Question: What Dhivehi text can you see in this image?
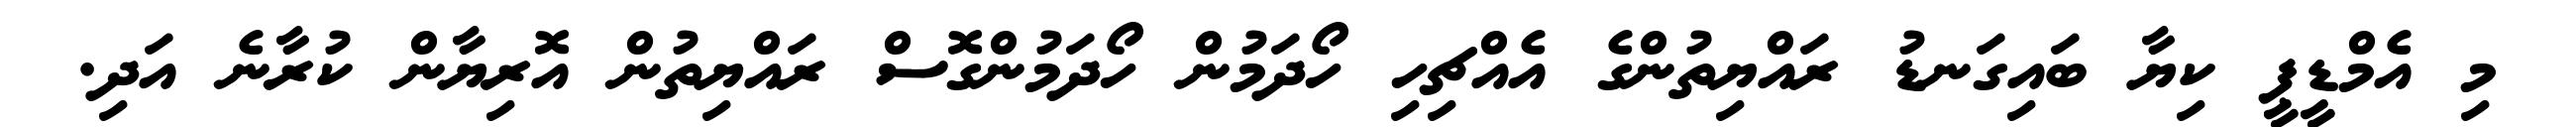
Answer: މި އެމްޑީޕީ ކިޔާ ބައިގަނޑު ރައްޔިތުންގެ އެއްޗިހި ހޯދަމުން ހޯދަމުންގޮސް ރައްޔިތުން އޮރިޔާން ކުރާނެ އަދި.